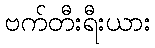
ဗက်တီးရီးယား